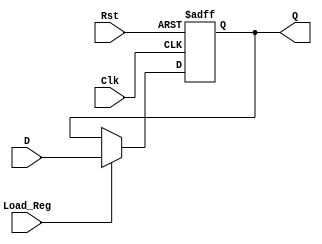
module fact_reg#(parameter WIDTH=32)(
    input wire  Clk, Rst,
    input wire  [WIDTH -1:0] D,
    input wire  Load_Reg,
    output reg  [WIDTH -1:0] Q);
    
    always @ (posedge Clk, posedge Rst)
    begin
        if(Rst) Q <= 0;
        else if (Load_Reg) Q <= D;
        else Q <= Q;
    end

endmodule